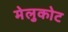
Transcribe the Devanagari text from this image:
मेलुकोट